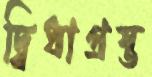
দ্বিধাগ্রস্ত